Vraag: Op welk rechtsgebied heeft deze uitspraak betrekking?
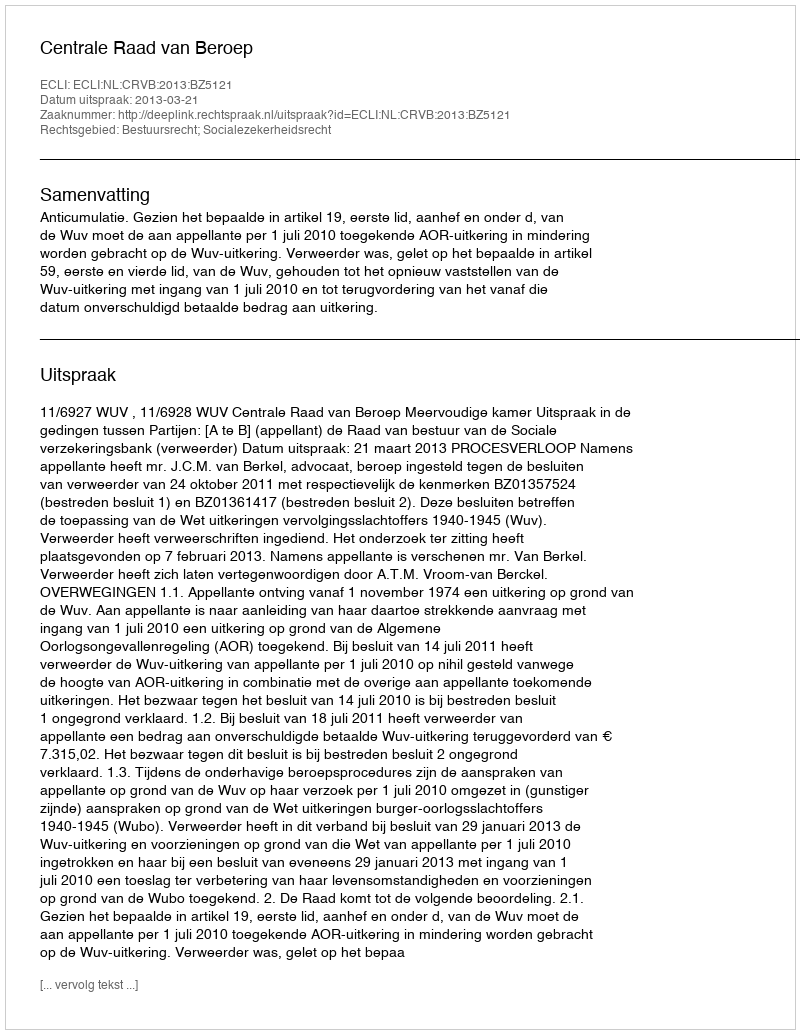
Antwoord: Bestuursrecht; Socialezekerheidsrecht